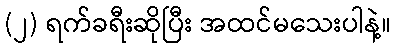
(၂) ရက်ခရီးဆိုပြီး အထင်မသေးပါနဲ့။